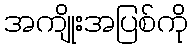
အကျိုးအပြစ်ကို